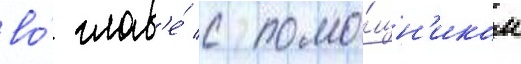
во́ глав'е́ с помо́щн'иком